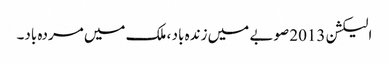
الیکشن 2013 صوبے میں زندہ باد ، ملک میں مردہ باد۔